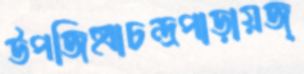
উপজিহ্বাচন্দ্রপাড়ায়জ্